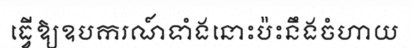
ធ្វើឱ្យឧបករណ៍ទាំងនោះប៉ះនឹងចំហាយ